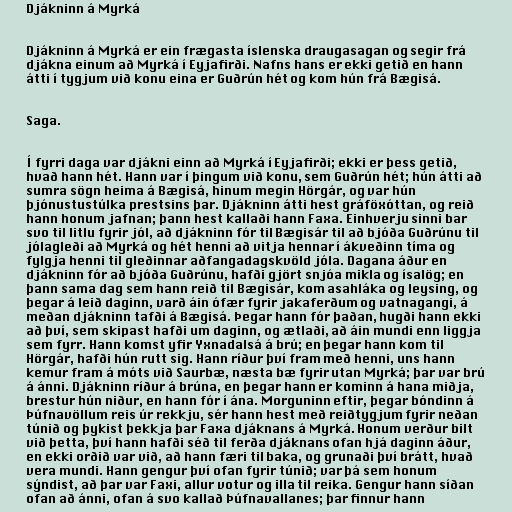
Djákninn á Myrká

Djákninn á Myrká er ein frægasta íslenska draugasagan og segir frá
djákna einum að Myrká í Eyjafirði. Nafns hans er ekki getið en hann
átti í tygjum við konu eina er Guðrún hét og kom hún frá Bægisá.

Saga.

Í fyrri daga var djákni einn að Myrká í Eyjafirði; ekki er þess getið,
hvað hann hét. Hann var í þingum við konu, sem Guðrún hét; hún átti að
sumra sögn heima á Bægisá, hinum megin Hörgár, og var hún
þjónustustúlka prestsins þar. Djákninn átti hest gráföxóttan, og reið
hann honum jafnan; þann hest kallaði hann Faxa. Einhverju sinni bar
svo til litlu fyrir jól, að djákninn fór til Bægisár til að bjóða Guðrúnu til
jólagleði að Myrká og hét henni að vitja hennar í ákveðinn tíma og
fylgja henni til gleðinnar aðfangadagskvöld jóla. Dagana áður en
djákninn fór að bjóða Guðrúnu, hafði gjört snjóa mikla og ísalög; en
þann sama dag sem hann reið til Bægisár, kom asahláka og leysing, og
þegar á leið daginn, varð áin ófær fyrir jakaferðum og vatnagangi, á
meðan djákninn tafði á Bægisá. Þegar hann fór þaðan, hugði hann ekki
að því, sem skipast hafði um daginn, og ætlaði, að áin mundi enn liggja
sem fyrr. Hann komst yfir Yxnadalsá á brú; en þegar hann kom til
Hörgár, hafði hún rutt sig. Hann ríður því fram með henni, uns hann
kemur fram á móts við Saurbæ, næsta bæ fyrir utan Myrká; þar var brú
á ánni. Djákninn ríður á brúna, en þegar hann er kominn á hana miðja,
brestur hún niður, en hann fór í ána. Morguninn eftir, þegar bóndinn á
Þúfnavöllum reis úr rekkju, sér hann hest með reiðtygjum fyrir neðan
túnið og þykist þekkja þar Faxa djáknans á Myrká. Honum verður bilt
við þetta, því hann hafði séð til ferða djáknans ofan hjá daginn áður,
en ekki orðið var við, að hann færi til baka, og grunaði því brátt, hvað
vera mundi. Hann gengur því ofan fyrir túnið; var þá sem honum
sýndist, að þar var Faxi, allur votur og illa til reika. Gengur hann síðan
ofan að ánni, ofan á svo kallað Þúfnavallanes; þar finnur hann